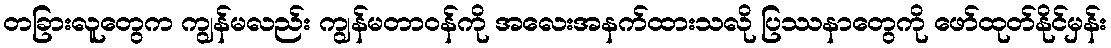
တခြားလူတွေက ကျွန်မလည်း ကျွန်မတာဝန်ကို အလေးအနက်ထားသလို ပြဿနာတွေကို ဖော်ထုတ်နိုင်မှန်း